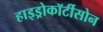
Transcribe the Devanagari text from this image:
हाइड्रोकॉर्टीसोन